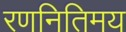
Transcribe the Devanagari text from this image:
रणनितिमय